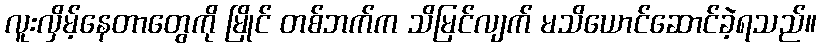
လူးလှိမ့်နေတာတွေကို မြိုင် တစ်ဘက်က သိမြင်လျက် မသိယောင်ဆောင်ခဲ့ရသည်။